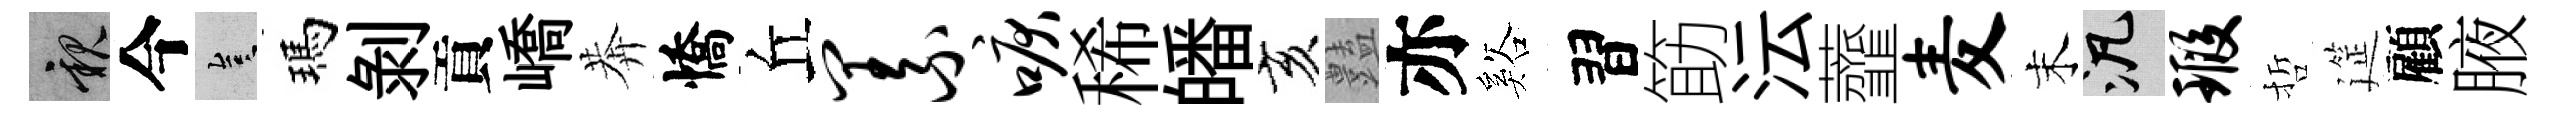
親今豈瑪剝貢嶠莾憍丘义唳稀皤亥𧰟亦谿習筯沄虀麦末泛瑕哲筵顧腋